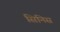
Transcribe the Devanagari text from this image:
सिनिस